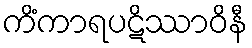
ကိံကာရပဋိဿာဝိနီ